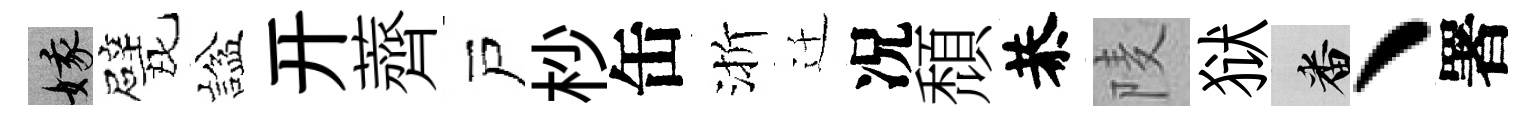
娥甓諡开薺戸杪缶渐迁况頹恭𨹧狱番、署